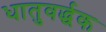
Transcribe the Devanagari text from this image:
धातुवर्द्धक